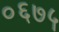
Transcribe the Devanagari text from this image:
०६७५